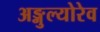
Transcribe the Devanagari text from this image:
अङ्गुल्योरेव